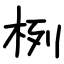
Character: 栵